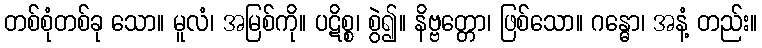
တစ်စုံတစ်ခု သော။ မူလံ၊ အမြစ်ကို။ ပဋိစ္စ၊ စွဲ၍။ နိဗ္ဗတ္တော၊ ဖြစ်သော။ ဂန္ဓော၊ အနံ့ တည်း။